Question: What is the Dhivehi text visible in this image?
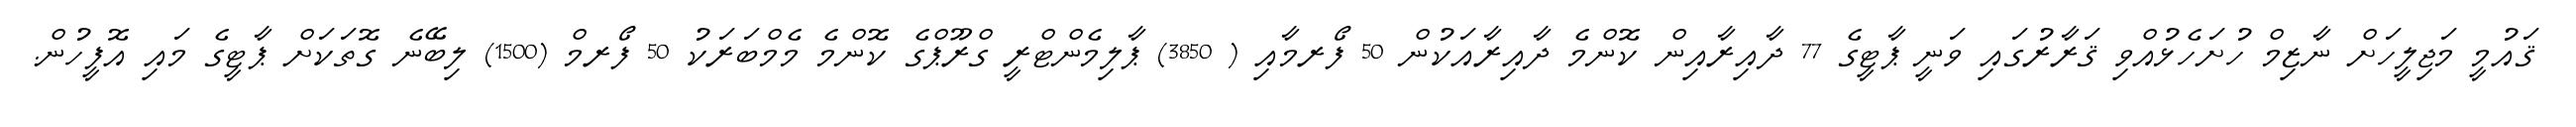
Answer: ޤައުމީ މަޖިލީހަށް ނާޒިމް ހުށަހެޅުއްވި ޤަރާރުގައި ވަނީ ޕާޓީގެ 77 ދާއިރާއިން ކޮންމެ ދާއިރާއަކުން 50 ފޯރމާއި ( 3850) ޕާލިމެންޓްރީ ގްރޫޕްގެ ކޮންމެ މެމްބަރަކު 50 ފޯރމް (1500) ލިބޭނެ ގޮތަކަށް ޕާޓީގެ މައި އޮފީހުން.